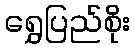
ရွှေပြည်စိုး